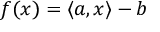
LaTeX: f ( x ) = \left\langle a , x \right\rangle - b